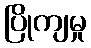
ပြိုကျမှု